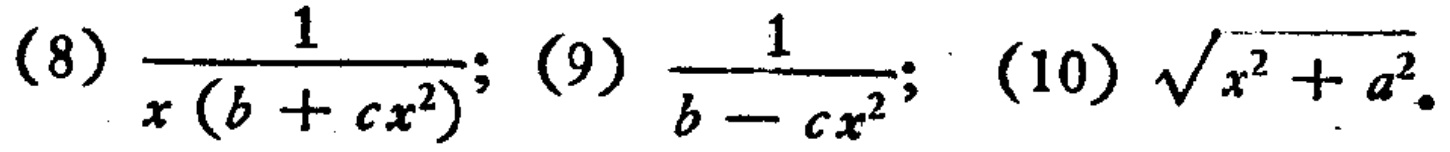
(8) \(\frac{1}{x(b + cx^{2})}\); (9) \(\frac{1}{b - cx^{2}}\); (10) \(\sqrt{x^{2}+a^{2}}\)